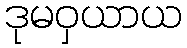
ဒုမဝှယာယ